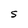
Character: S